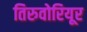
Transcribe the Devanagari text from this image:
तिरुवोरियूर